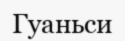
Гуаньси